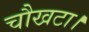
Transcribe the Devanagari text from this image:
चौखटा।